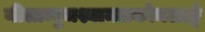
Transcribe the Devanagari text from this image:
नीलाम्बुजश्यामलकोमलाङ्गं